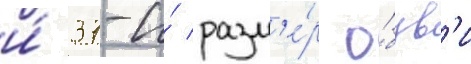
и́ 37-и́ разм'е́р о́був'и